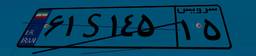
۶۱S۱۴۵۱۵